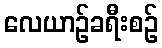
လေယာဉ်ခရီးစဉ်